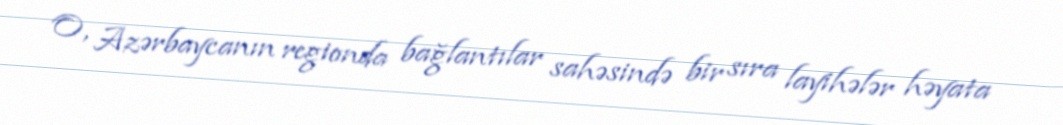
O, Azərbaycanın regionda bağlantılar sahəsində bir sıra layihələr həyata